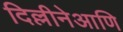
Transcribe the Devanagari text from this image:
दिल्लीनेआणि